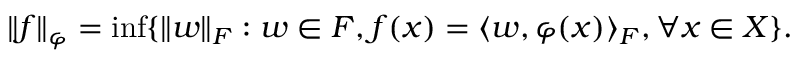
\| f \| _ { \varphi } = { \mathrm { i n f } } \{ \| w \| _ { F } : w \in F , f ( x ) = \langle w , \varphi ( x ) \rangle _ { F } , \forall { \mathrm { } } x \in X \} .